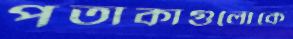
পতাকাগুলোকে